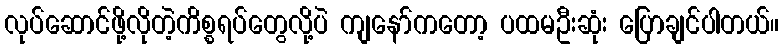
လုပ်ဆောင်ဖို့လိုတဲ့ကိစ္စရပ်တွေလို့ပဲ ကျနော်ကတော့ ပထမဦးဆုံး ပြောချင်ပါတယ်။